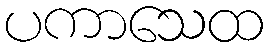
ပကာသေထ